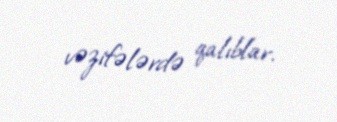
vəzifələrdə qalıblar.